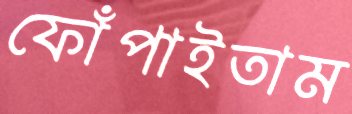
ফোঁপাইতাম